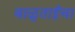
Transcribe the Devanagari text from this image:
बाळुताईंचा